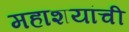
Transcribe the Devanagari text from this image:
महाशयांची